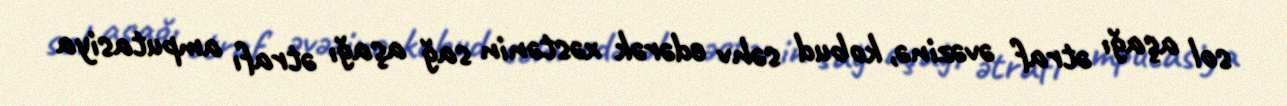
sol aşağı ətraf əvəzinə, kobud səhv edərək xəstənin sağ aşağı ətrafı amputasiya